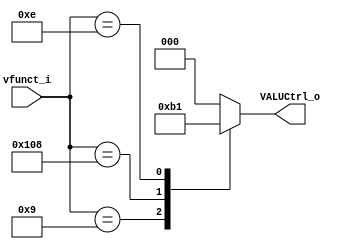
module VALU_ctrl(vfunct_i, VALUCtrl_o);

    input [9:0] vfunct_i; //{funct6, vm, funct3}
    //input [1:0] VALUOp_i;
    output reg [2:0] VALUCtrl_o;

    always @(*) begin
        case (vfunct_i)
            10'b000000_1_001: begin
                VALUCtrl_o = 3'b010; //vector addition
            end 
            10'b010000_1_000: begin
                VALUCtrl_o = 3'b110; //vector subtraction
            end
            10'b000000_1_111: begin
                VALUCtrl_o = 3'b000; //scalar multiplication
            end
            10'b000000_1_110: begin
                VALUCtrl_o = 3'b001; //dot product
            end
            default: begin
                VALUCtrl_o = 3'b000;
            end
        endcase
    end
endmodule